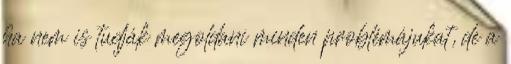
ha nem is tudják megoldani minden problémájukat, de a